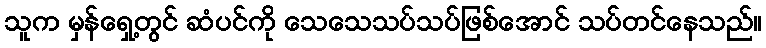
သူက မှန်ရှေ့တွင် ဆံပင်ကို သေသေသပ်သပ်ဖြစ်အောင် သပ်တင်နေသည်။